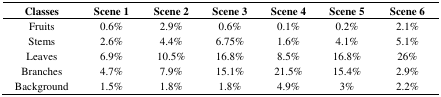
<table><thead><tr><td><b>Classes</b></td><td><b>Scene 1</b></td><td><b>Scene 2</b></td><td><b>Scene 3</b></td><td><b>Scene 4</b></td><td><b>Scene 5</b></td><td><b>Scene 6</b></td></tr></thead><tbody><tr><td>Fruits</td><td>0.6%</td><td>2.9%</td><td>0.6%</td><td>0.1%</td><td>0.2%</td><td>2.1%</td></tr><tr><td>Stems</td><td>2.6%</td><td>4.4%</td><td>6.75%</td><td>1.6%</td><td>4.1%</td><td>5.1%</td></tr><tr><td>Leaves</td><td>6.9%</td><td>10.5%</td><td>16.8%</td><td>8.5%</td><td>16.8%</td><td>26%</td></tr><tr><td>Branches</td><td>4.7%</td><td>7.9%</td><td>15.1%</td><td>21.5%</td><td>15.4%</td><td>2.9%</td></tr><tr><td>Background</td><td>1.5%</td><td>1.8%</td><td>1.8%</td><td>4.9%</td><td>3%</td><td>2.2%</td></tr></tbody></table>